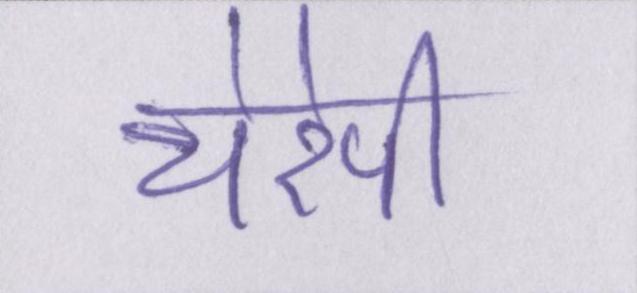
थेरेपी